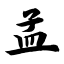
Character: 孟